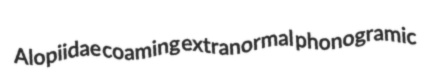
Alopiidae coaming extranormal phonogramic